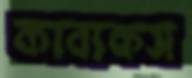
কাব্যকস